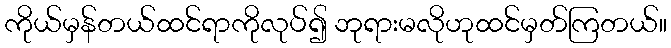
ကိုယ်မှန်တယ်ထင်ရာကိုလုပ်၍ ဘုရားမလိုဟုထင်မှတ်ကြတယ်။